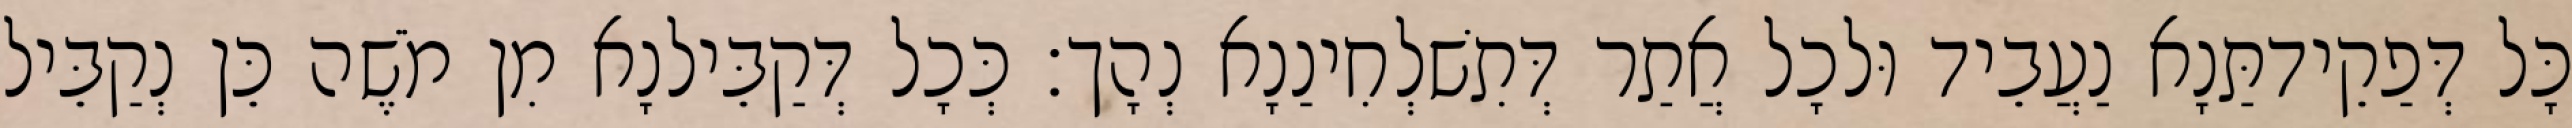
כָּל דְּפַקֵידתַּנָא נַעֲבֵיד וּלכָל אֲתַר דְּתִשׁלְחִינַנָא נְהָך׃ כְּכָל דְּקַבֵּילנָא מִן מֹשֶׁה כֵּן נְקַבֵּיל